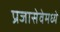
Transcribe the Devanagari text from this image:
प्रजासेवेमध्ये